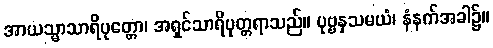
အာယသ္မာသာရိပုတ္တော၊ အရှင်သာရိပုတ္တရာသည်။ ပုဗ္ဗနှသမယံ၊ နံနက်အခါ၌။